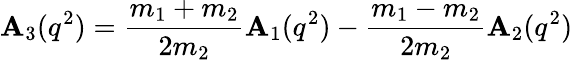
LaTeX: \mathbf{A}_{3}(q^{2})=\frac{{m_{1}+m_{2}}}{{2m_{2}}}\mathbf{A}_{1}(q^{2})-\frac{{m_{1}-m_{2}}}{{2m_{2}}}\mathbf{A}_{2}(q^{2})